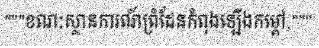
"""ខណៈស្ថានការណ៍ព្រំដែនកំពុងឡើងកម្តៅ,"""